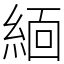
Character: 𬗟